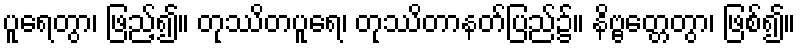
ပူရေတွာ၊ ဖြည့်၍။ တုဿိတပူရေ၊ တုဿိတာနတ်ပြည်၌။ နိဗ္ဗတ္တေတွာ၊ ဖြစ်၍။